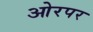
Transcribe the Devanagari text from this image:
ओरपर